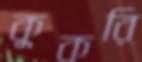
কুকরি